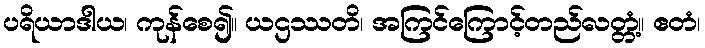
ပရိယာဒါယ၊ ကုန်စေ၍။ ယဌဿတိ၊ အကြင်ကြောင့်တည်လတ္တံ့။ ဧတံ၊